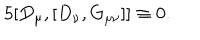
5 [ D _ { \mu } , [ D _ { \nu } , G _ { \mu \nu } ] ] \equiv 0 .